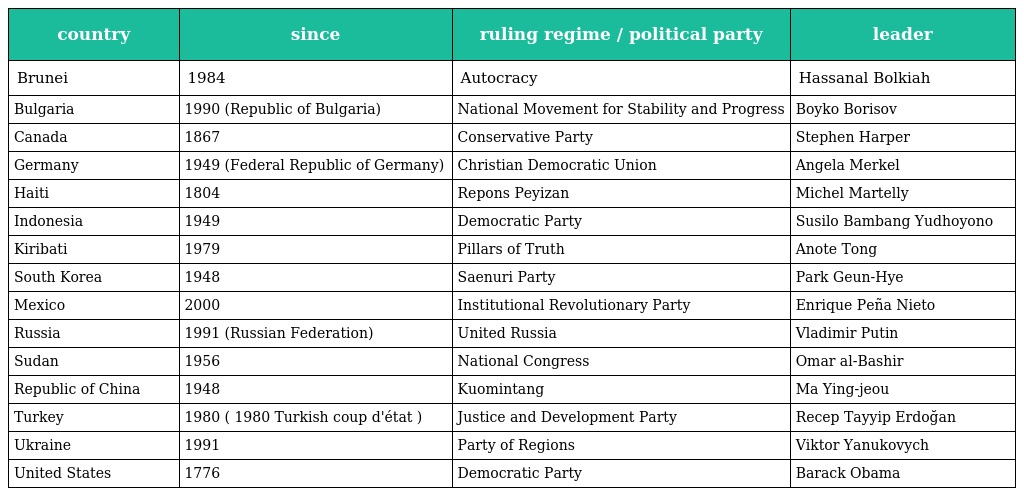
| country | since | ruling regime / political party | leader |
 | --- | --- | --- | --- |
 | Brunei | 1984 | Autocracy | Hassanal Bolkiah |
 | Bulgaria | 1990 (Republic of Bulgaria) | National Movement for Stability and Progress | Boyko Borisov |
 | Canada | 1867 | Conservative Party | Stephen Harper |
 | Germany | 1949 (Federal Republic of Germany) | Christian Democratic Union | Angela Merkel |
 | Haiti | 1804 | Repons Peyizan | Michel Martelly |
 | Indonesia | 1949 | Democratic Party | Susilo Bambang Yudhoyono |
 | Kiribati | 1979 | Pillars of Truth | Anote Tong |
 | South Korea | 1948 | Saenuri Party | Park Geun-Hye |
 | Mexico | 2000 | Institutional Revolutionary Party | Enrique Peña Nieto |
 | Russia | 1991 (Russian Federation) | United Russia | Vladimir Putin |
 | Sudan | 1956 | National Congress | Omar al-Bashir |
 | Republic of China | 1948 | Kuomintang | Ma Ying-jeou |
 | Turkey | 1980 ( 1980 Turkish coup d'état ) | Justice and Development Party | Recep Tayyip Erdoğan |
 | Ukraine | 1991 | Party of Regions | Viktor Yanukovych |
 | United States | 1776 | Democratic Party | Barack Obama |